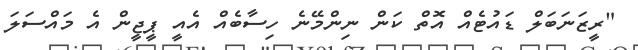
"ރީޒަނަބަލް ޑައުޓެއް އޮތް ކަން ނިންމޭނެ ހިސާބެއް އެއީ ޕީޖީން އެ މައްސަލަ